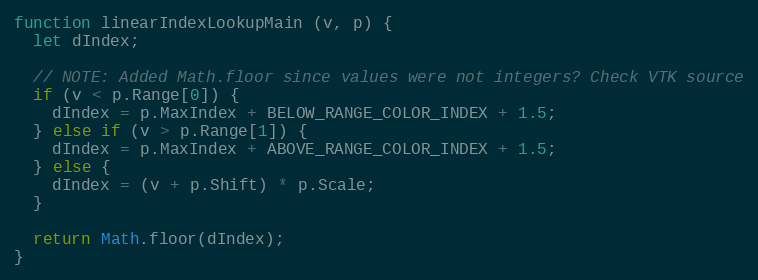
Language: JavaScript
function linearIndexLookupMain (v, p) {
  let dIndex;

  // NOTE: Added Math.floor since values were not integers? Check VTK source
  if (v < p.Range[0]) {
    dIndex = p.MaxIndex + BELOW_RANGE_COLOR_INDEX + 1.5;
  } else if (v > p.Range[1]) {
    dIndex = p.MaxIndex + ABOVE_RANGE_COLOR_INDEX + 1.5;
  } else {
    dIndex = (v + p.Shift) * p.Scale;
  }

  return Math.floor(dIndex);
}